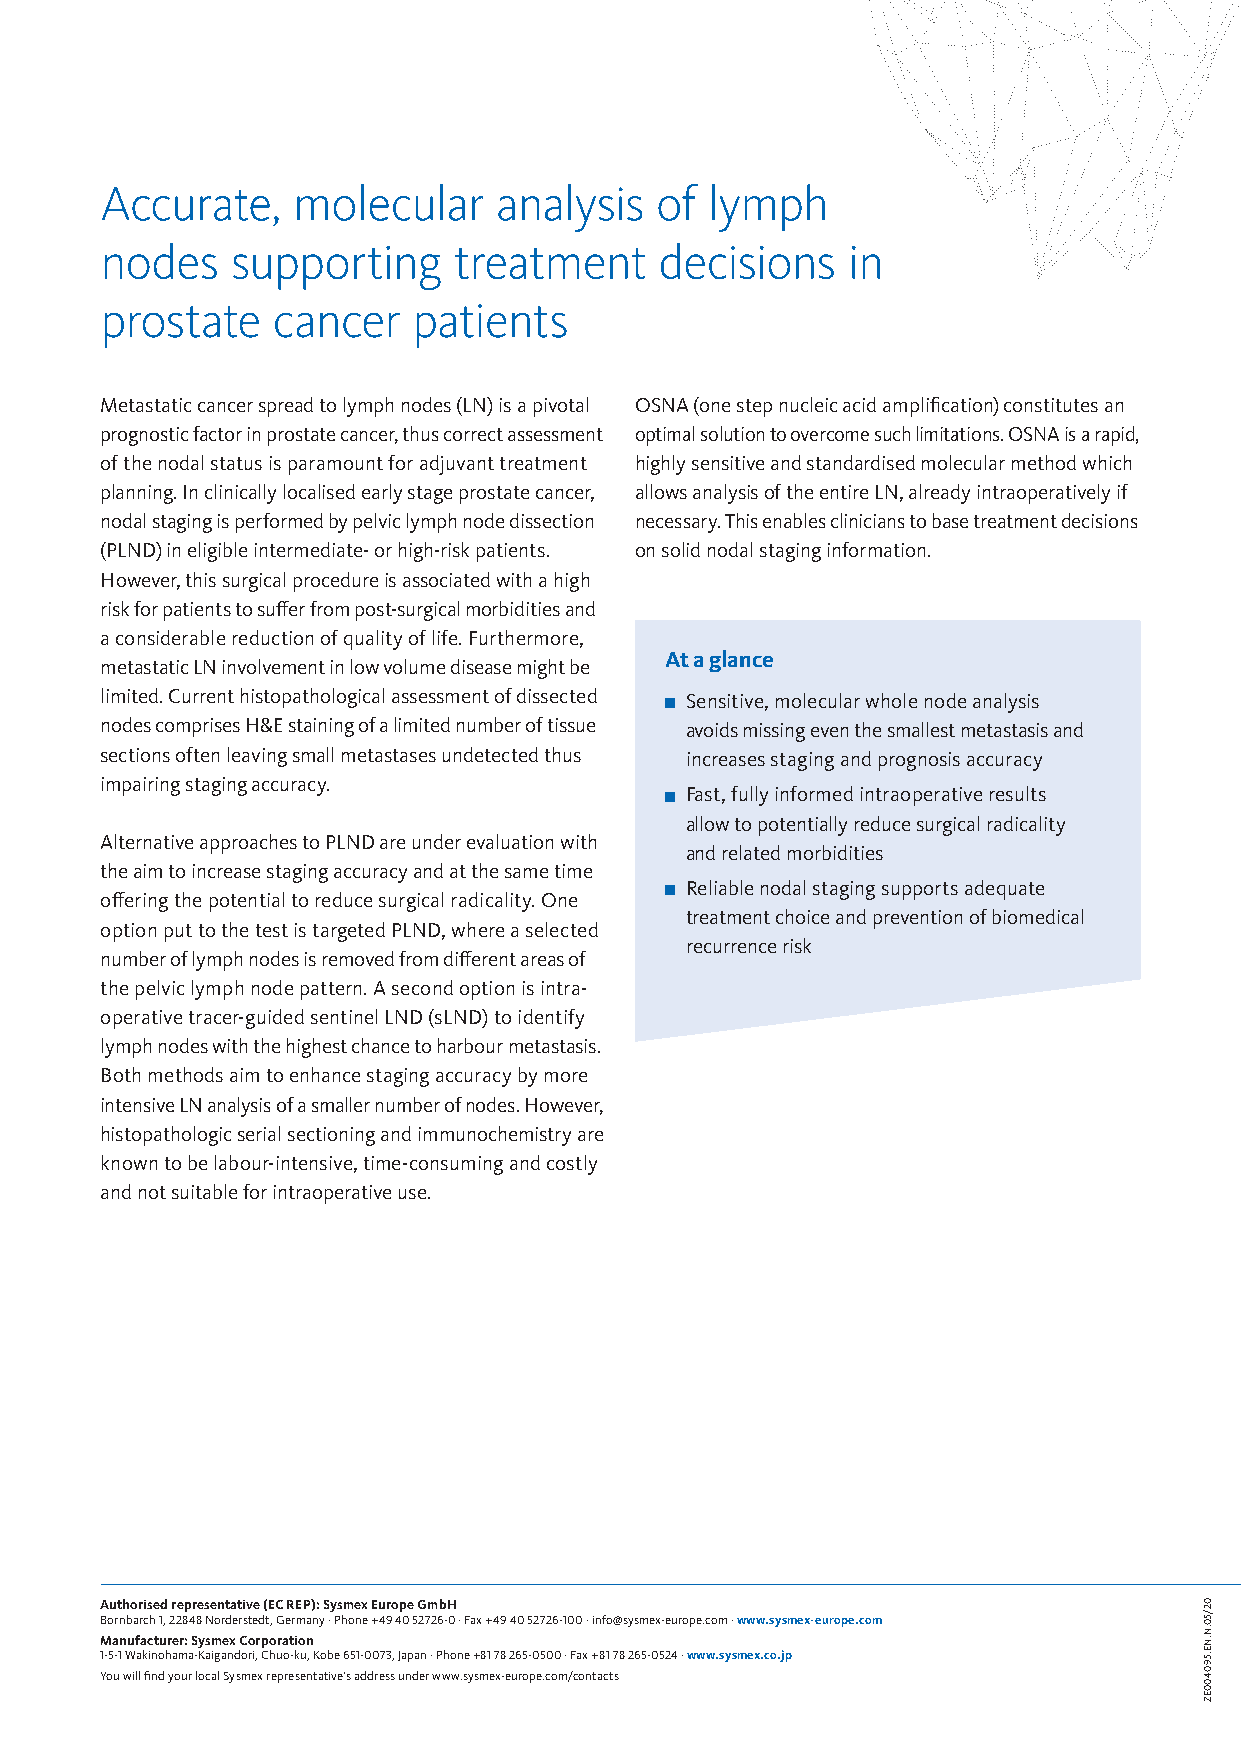
Accurate,   molecular     analysis  of  lymph
 nodes   supporting     treatment     decisions   in
 prostate   cancer   patients
 Metastatic cancer spread to lymph nodes (LN) is a pivotal OSNA (one step nucleic acid amplification) constitutes an
 prognostic factor in prostate cancer, thus correct assessment optimal solution to overcome such limitations. OSNA is a rapid,
 of the nodal status is paramount for adjuvant treatment highly sensitive and standardised molecular method which
 planning. In clinically localised early stage prostate cancer, allows analysis of the entire LN, already intraoperatively if
 nodal staging is performed by pelvic lymph node dissection necessary. This enables clinicians to base treatment decisions
 (PLND) in eligible intermediate- or high-risk patients. on solid nodal staging information.
 However, this surgical procedure is associated with a high
 risk for patients to suffer from post-surgical morbidities and
 a considerable reduction of quality of life. Furthermore,
 At a glance
 metastatic LN involvement in low volume disease might be
 limited. Current histopathological assessment of dissected Sensitive, molecular whole node analysis
 nodes comprises H&E staining of a limited number of tissue avoids missing even the smallest metastasis and
 sections often leaving small metastases undetected thus increases staging and prognosis accuracy
 impairing staging accuracy.
 Fast, fully informed intraoperative results
 allow to potentially reduce surgical radicality
 Alternative approaches to PLND are under evaluation with
 and related morbidities
 the aim to increase staging accuracy and at the same time
 Reliable nodal staging supports adequate
 offering the potential to reduce surgical radicality. One
 treatment choice and prevention of biomedical
 option put to the test is targeted PLND, where a selected
 recurrence risk
 number of lymph nodes is removed from different areas of
 the pelvic lymph node pattern. A second option is intra-
 operative tracer-guided sentinel LND (sLND) to identify
 lymph nodes with the highest chance to harbour metastasis.
 Both methods aim to enhance staging accuracy by more
 intensive LN analysis of a smaller number of nodes. However,
 histopathologic serial sectioning and immunochemistry are
 known to be labour-intensive, time-consuming and costly
 and not suitable for intraoperative use.
 Authorised representative (EC REP): Sysmex Europe GmbH
 Bornbarch 1, 22848 Norderstedt, Germany · Phone +49 40 52726-0 · Fax +49 40 52726-100 · info@sysmex-europe.com · www.sysmex-europe.com
 Manufacturer: Sysmex Corporation
 1-5-1 Wakinohama-Kaigandori, Chuo-ku, Kobe 651-0073, Japan · Phone +81 78 265-0500 · Fax +81 78 265-0524 · www.sysmex.co.jp
 You will find your local Sysmex representative’s address under www.sysmex-europe.com/contacts
 02/50.N.NE.590400EZ